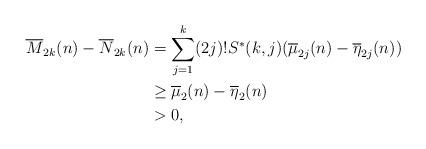
LaTeX: \begin{align*}\overline{M}_{2k}(n) - \overline{N}_{2k}(n)&=\sum_{j=1}^k (2j)! S^*(k,j)(\overline{\mu}_{2j}(n) - \overline{\eta}_{2j}(n))\\&\ge\overline{\mu}_{2}(n) - \overline{\eta}_{2}(n)\\&> 0 ,\end{align*}